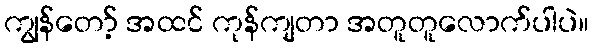
ကျွန်တော့် အထင် ကုန်ကျတာ အတူတူလောက်ပါပဲ။